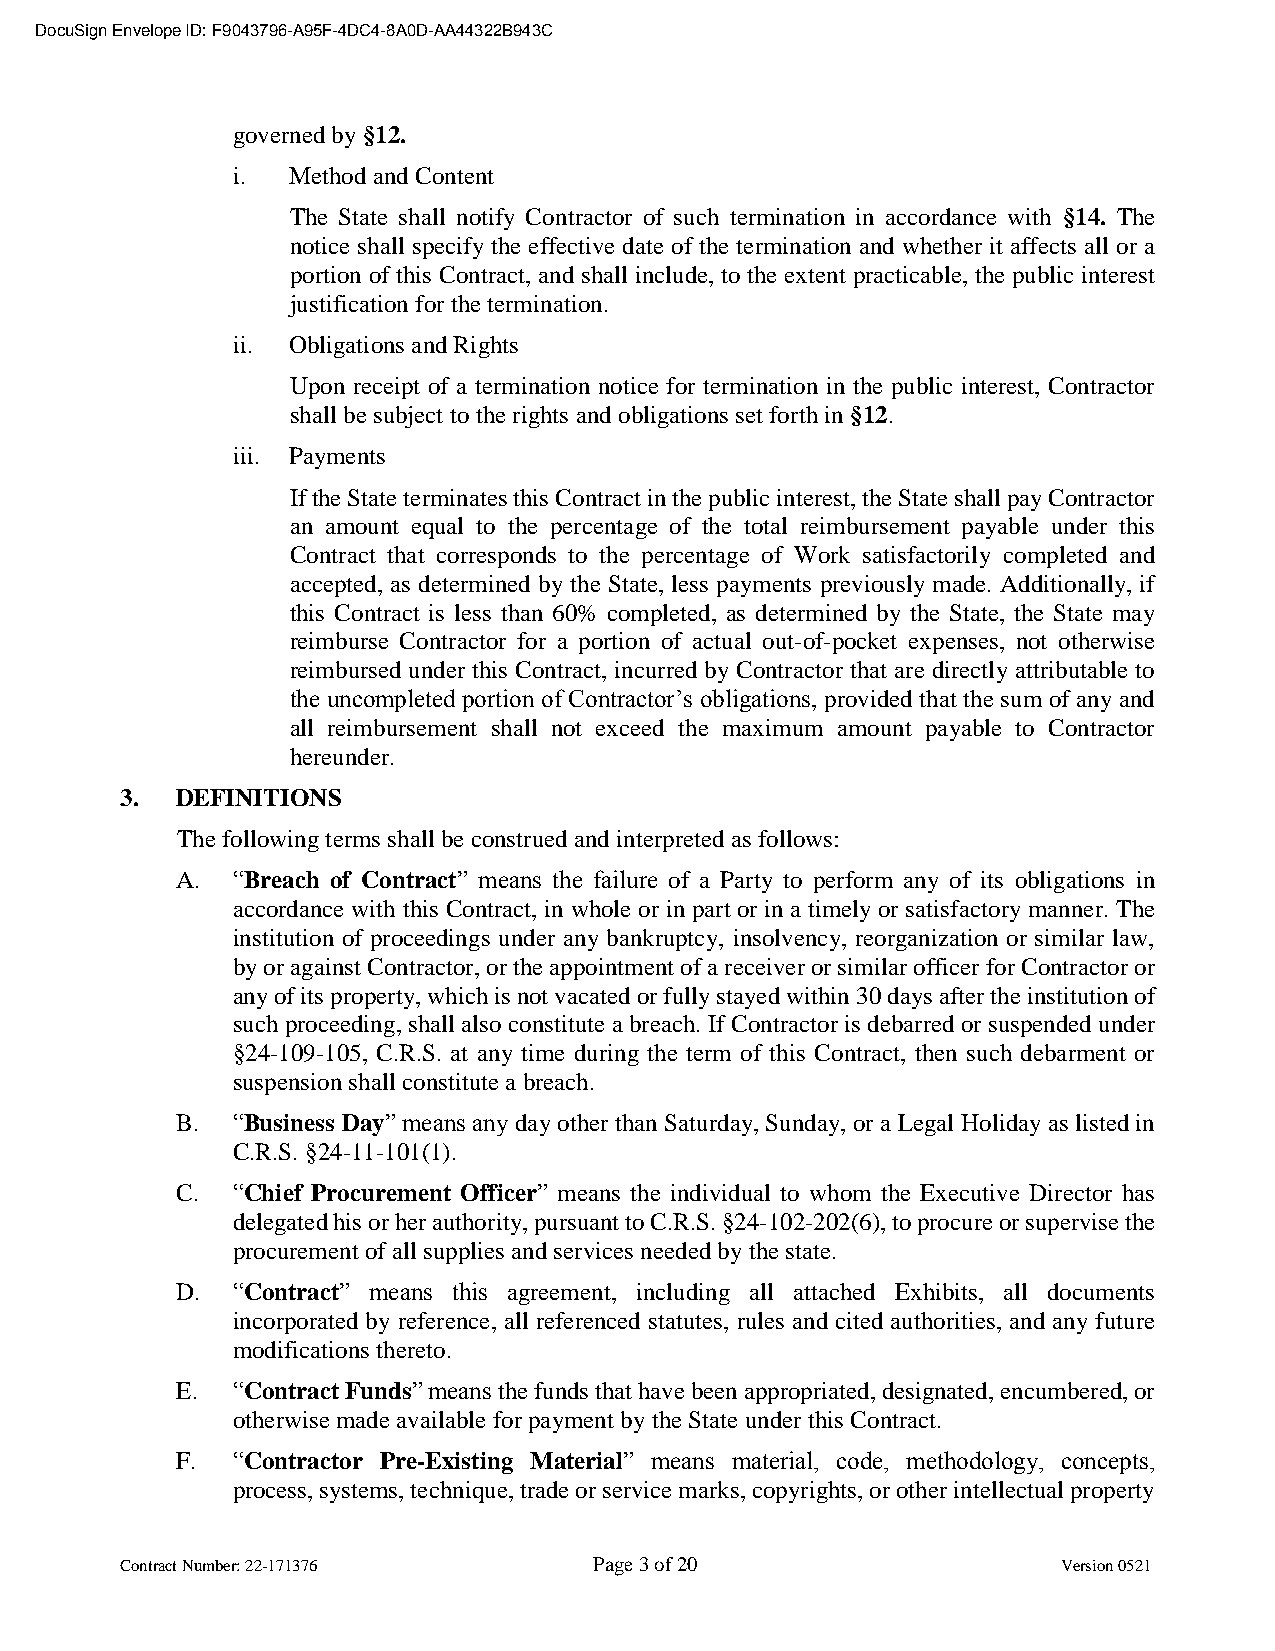
DocuSign Envelope ID: F9043796-A95F-4DC4-8A0D-AA44322B943C
 governed by §12.
 i.  Method and Content
 The State shall notify Contractor of such termination in accordance with §14. The
 notice shall specify the effective date of the termination and whether it affects all or a
 portion of this Contract, and shall include, to the extent practicable, the public interest
 justification for the termination.
 ii. Obligations and Rights
 Upon receipt of a termination notice for termination in the public interest, Contractor
 shall be subject to the rights and obligations set forth in §12.
 iii. Payments
 If the State terminates this Contract in the public interest, the State shall pay Contractor
 an amount equal to the percentage of the total reimbursement payable under this
 Contract that corresponds to the percentage of Work satisfactorily completed and
 accepted, as determined by the State, less payments previously made. Additionally, if
 this Contract is less than 60% completed, as determined by the State, the State may
 reimburse Contractor for a portion of actual out-of-pocket expenses, not otherwise
 reimbursed under this Contract, incurred by Contractor that are directly attributable to
 the uncompleted portion of Contractor’s obligations, provided that the sum of any and
 all reimbursement shall not exceed the maximum amount payable to Contractor
 hereunder.
 3.  DEFINITIONS
 The following terms shall be construed and interpreted as follows:
 A. “Breach of Contract” means the failure of a Party to perform any of its obligations in
 accordance with this Contract, in whole or in part or in a timely or satisfactory manner. The
 institution of proceedings under any bankruptcy, insolvency, reorganization or similar law,
 by or against Contractor, or the appointment of a receiver or similar officer for Contractor or
 any of its property, which is not vacated or fully stayed within 30 days after the institution of
 such proceeding, shall also constitute a breach. If Contractor is debarred or suspended under
 §24-109-105, C.R.S. at any time during the term of this Contract, then such debarment or
 suspension shall constitute a breach.
 B. “Business Day” means any day other than Saturday, Sunday, or a Legal Holiday as listed in
 C.R.S. §24-11-101(1).
 C. “Chief Procurement Officer” means the individual to whom the Executive Director has
 delegated his or her authority, pursuant to C.R.S. §24-102-202(6), to procure or supervise the
 procurement of all supplies and services needed by the state.
 D. “Contract” means this agreement, including all attached Exhibits, all documents
 incorporated by reference, all referenced statutes, rules and cited authorities, and any future
 modifications thereto.
 E. “Contract Funds” means the funds that have been appropriated, designated, encumbered, or
 otherwise made available for payment by the State under this Contract.
 F. “Contractor Pre-Existing Material” means material, code, methodology, concepts,
 process, systems, technique, trade or service marks, copyrights, or other intellectual property
 Contract Number: 22-171376     Page 3 of 20                   Version 0521